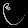
Digit: ၉